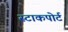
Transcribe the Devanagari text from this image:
स्टाकपोर्ट